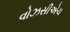
વોઝસીએચ